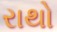
રાથો